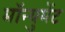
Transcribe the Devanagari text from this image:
मॉन्युमेंट